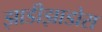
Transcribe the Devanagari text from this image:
झाडीझाडोरा